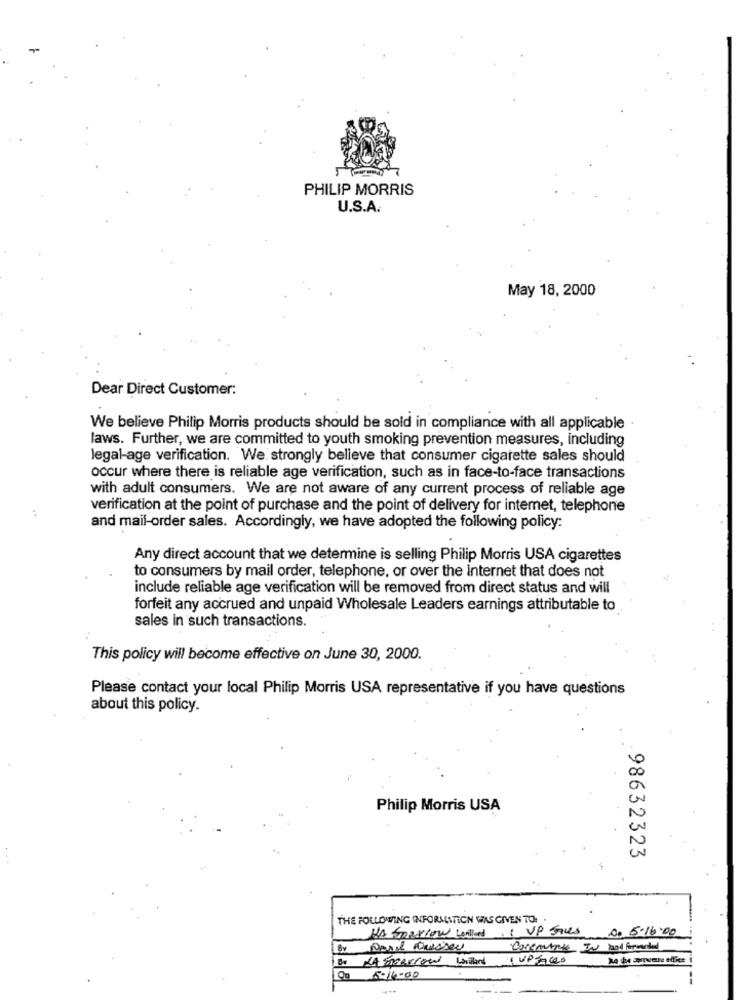
PHILIP MORRIS
U.S.A.
May 18, 2000
Dear Direct Customer:
We believe Philip Morris products should be sold in compliance with all applicable
laws. Further, we are committed to youth smoking prevention measures, including
legal-age verification. We strongly believe that consumer cigarette sales should
occur where there is reliable age verification, such as in face-to-face transactions
with adult consumers. We are not aware of any current process of reliable age
verification at the point of purchase and the point of delivery for intemet, telephone
and mail-order sales. Accordingly, we have adopted the following policy:
Any direct account that we determine is selling Philip Morris USA cigarettes
to consumers by mail order, telephone, or over the internet that does not
include reliable age verification will be removed from direct status and will
forfeit any accrued and unpaid Wholesale Leaders earnings attributable to
sales in such transactions.
This policy will become effective on June 30, 2000.
Please contact your local Philip Morris USA representative if you have questions
about this policy.
Philip Morris USA
98632323
THE FOLLOWING INFORMATION WAS GIVEN TO. .
HA Speaklow willend. : VP Faces 0. 5-16.00
Corentinte IN hand forwarded
B. HA Sherrow wilard cupfaces